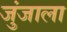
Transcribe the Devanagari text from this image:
जुंजाला